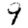
Digit: 9